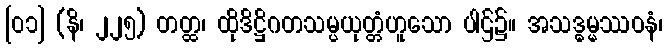
[၀၁] (နိ၊ ၂၂၅) တတ္ထ၊ ထိုဒိဋ္ဌိဂတသမ္ပယုတ္တံဟူသော ပါဌ်၌။ အသဒ္ဓမ္မဿဝနံ၊